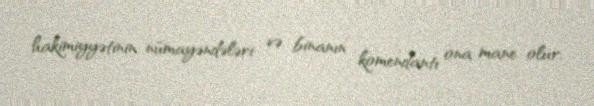
hakimiyyətinin nümayəndələri və binanın komendantı ona mane olur.